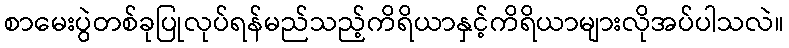
စာမေးပွဲတစ်ခုပြုလုပ်ရန်မည်သည့်ကိရိယာနှင့်ကိရိယာများလိုအပ်ပါသလဲ။